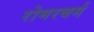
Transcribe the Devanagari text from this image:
रोमरबर्ग